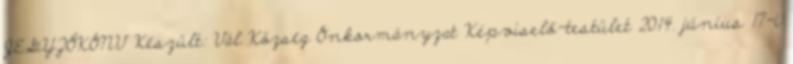
JEGYZŐKÖNV Készült: Vál Község Önkormányzat Képviselő-testület 2014. június 17-i